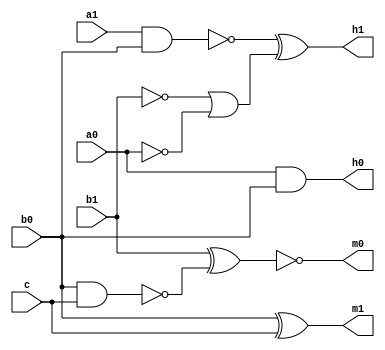
module top ( a0 , a1 , b0 , b1 , c , h0 , h1 , m0 , m1 ) ;
    input a0 , a1 , b1 , b0 , c ;
    output h0 , h1 , m0 , m1 ;
    wire n1 , n2 , n3 , n4 , n5 ;
    not g1 ( n1 , b1 ) ;
    not g2 ( n2 , a0 ) ;
    and g3 ( h0 , a0 , b0 ) ;
    nand g4 ( n3 , a1 , b0 ) ;
    or g5 ( n4 , n1 , n2 ) ;
    nand g6 ( n5 , b0 , c ) ;
    xor g7 ( h1 , n3 , n4 ) ;
    xnor g8 ( m0 , b1 , n5 ) ;
    xor g9 ( m1 , b0 , c ) ;
endmodule